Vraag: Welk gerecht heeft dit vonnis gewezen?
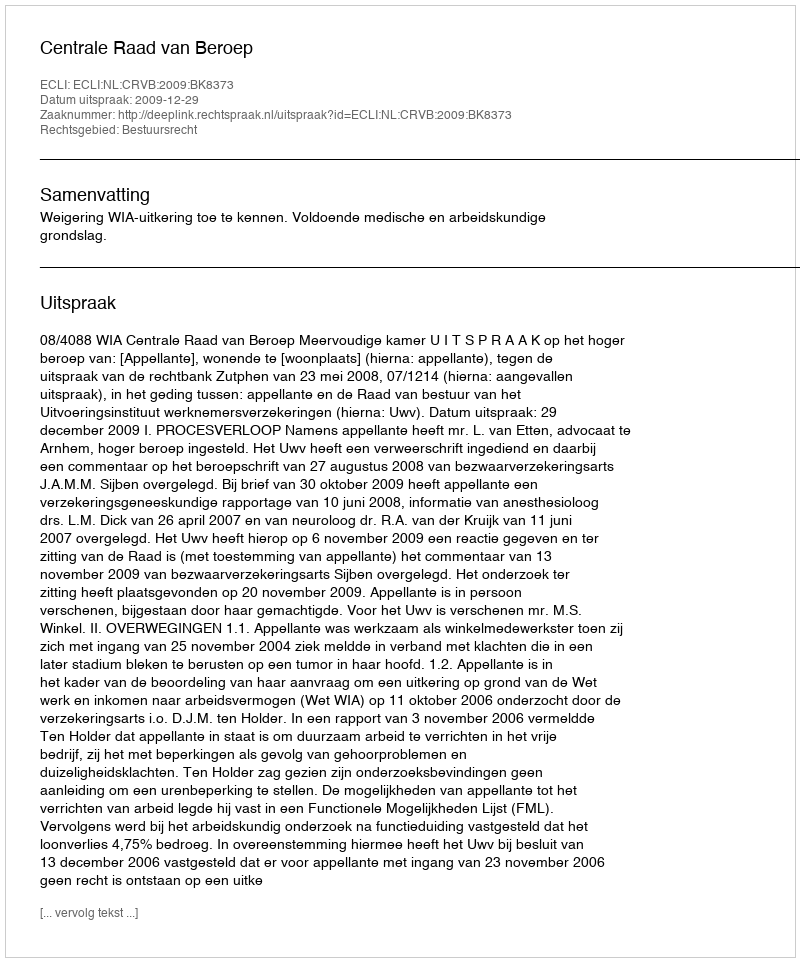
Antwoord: Centrale Raad van Beroep